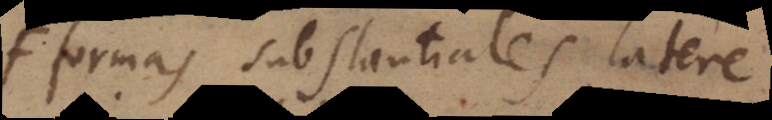
formas substantiales latere